Vaccination in Bombay 1913-1923 - 1913-1923
Year: 1913
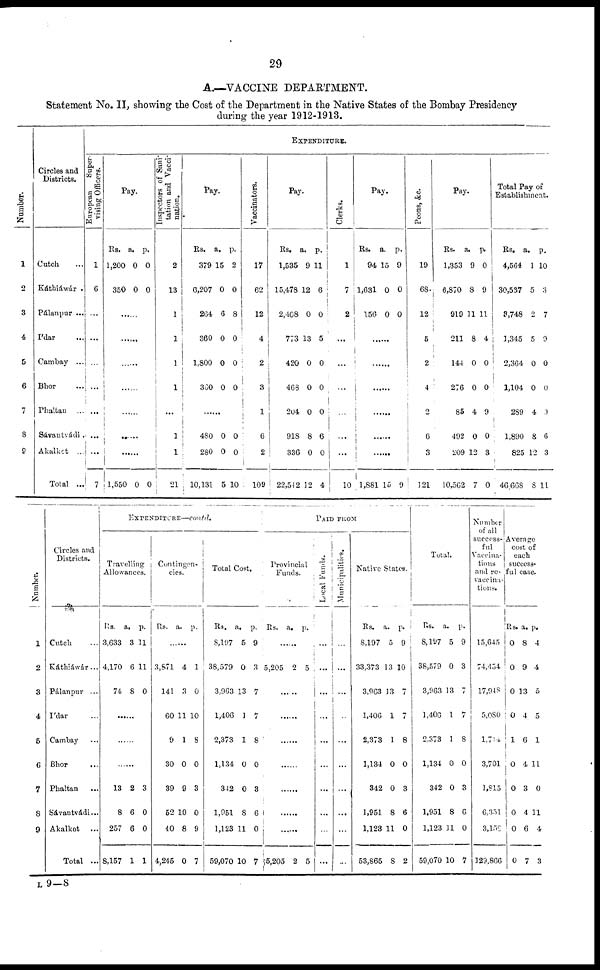
29
A.—VACCINE DEPARTMENT.
Statement No. II, showing the Cost of the Department in the Native States of the Bombay Presidency
during the year 1912-1913.
Number.
1
2
3
4
5
6
7
8
0
Circles and
Districts.
Catch ...
Káthiáwár .
Pálanpur ...
I'dar ...
Cambay ...
Bhor ...
Phaltan ...
Sávantvádi .
Akalkot ...
Total ...
EXPENDITURE.
European
Super-
vising Officers.
1
6
...
...
...
...
...
...
...
7
Pay.
Rs.
1,200
350
a.
0
0
p.
0
0
......
......
......
......
......
1,550 0 0
Inspectors of Sani¬
tation and Vacci-
nation.
2
13
1
1
1
1
...
1
1
21
Pay.
Rs.
379
6,207
264
360
1,800
360
a.
15
0
6
0
0
0
p.
2
0
8
0
0
0
......
480
280
10,131
0
0
5
0
0
10
Vaccinators.
17
62
12
4
2
3
1
6
2
109
Pay.
Rs.
1,535
15,478
2,408
773
420
468
204
918
336
22,542
a.
9
12
0
13
0
0
0
8
0
12
p.
11
6
0
5
0
0
0
6
0
4
Clerks.
1
7
2
...
...
...
...
...
...
10
Pay.
Rs.
94
1,631
156
a.
15
0
0
p.
9
0
0
......
......
......
......
1,881 15 9
Peons, &c.
19
68
12
5
2
4
2
6
3
121
Pay.
Rs.
1,353
6,870
919
211
144
276
85
492
209
10,562
a.
9
8
11
8
0
0
4
0
12
7
p.
0
9
11
4
0
0
9
0
3
0
Total Pay of
Establishment.
Rs.
4,564
30,537
3,748
1,345
2,364
1,104
289
1,890
825
46,668
a.
1
5
2
5
0
0
4
8
12
8
p.
10
3
7
9
0
0
9
6
3
11
Number.
1
2
3
4
5
6
7
8
9
Circles and
Districts.
Cutch ...
Káthiáwár ...
Pálanpur ...
I'dar ...
Cambay ...
Bhor ...
Phaltan ...
Sávantvádi...
Akalkot ...
Total ...
EXPENDITURE—contd.
Travelling
Allowances.
Rs.
3,633
4,170
74
a,
3
6
8
p.
11
11
0
......
......
......
13
8
257
8,157
2
6
6
1
3
0
0
1
Contingen-
cies.
Rs. a. p.
......
3,871
141
60
9
30
39
52
40
4,245
4
3
11
1
0
9
10
8
0
1
0
10
8
0
3
0
9
7
Total Cost.
Rs.
8,197
38,579
3,963
1,406
2,373
1,134
342
1,951
1,123
59,070
a.
5
0
13
1
1
0
0
8
11
10
p.
9
3
7
7
8
0
3
6
0
7
PAID FROM
Provincial
Funds.
Rs. a. p.
......
5,205 2 5
......
......
......
......
......
......
5,205 2 5
Local Funds.
...
...
...
...
...
...
...
...
...
...
Municipalities.
...
...
...
...
...
...
...
...
...
...
Native States.
Rs.
8,197
33,373
3,963
1,406
2,373
1,134
342
1,951
1,123
53,865
a.
5
13
13
1
1
0
0
8
11
8
p.
9
10
7
7
8
0
3
6
0
2
Total.
Rs.
8,197
38,579
3,963
1,406
2,373
1,134
342
1,951
1,123
59,070
a.
5
0
13
1
1
0
0
8
11
10
p.
9
3
7
7
8
0
3
6
0
7
Number
of all
success¬
ful
Vaccina-
tions
and re¬
vaccina¬
tions.
15,645
74,454
17,948
5,080
1,714
3,701
1,815
6,351
3,152
129,866
Average
cost of
each
success-
ful case.
Rs.
0
0
0
0
1
0
0
0
0
0
a.
8
9
13
4
6
4
3
4
6
7
p.
4
4
5
5
1
11
0
11
4
3
L 9—8